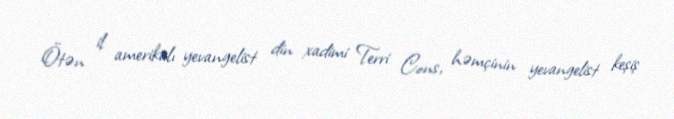
Ötən il amerikalı yevangelist din xadimi Terri Cons, həmçinin yevangelist keşiş